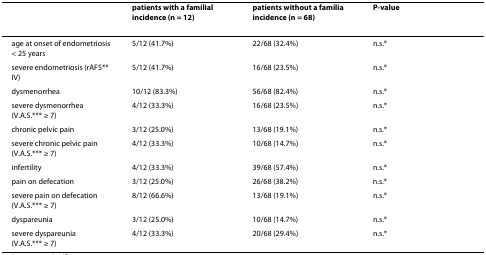
<table><thead><tr><td></td><td><b>patients with a familial incidence (n = 12)</b></td><td><b>patients without a familia incidence (n = 68)</b></td><td><b>P-value</b></td></tr></thead><tbody><tr><td>age at onset of endometriosis &lt; 25 years</td><td>5/12 (41.7%)</td><td>22/68 (32.4%)</td><td>n.s.*</td></tr><tr><td>severe endometriosis (rAFS** IV)</td><td>5/12 (41.7%)</td><td>16/68 (23.5%)</td><td>n.s.*</td></tr><tr><td>dysmenorrhea</td><td>10/12 (83.3%)</td><td>56/68 (82.4%)</td><td>n.s.*</td></tr><tr><td>severe dysmenorrhea (V.A.S.*** ≥ 7)</td><td>4/12 (33.3%)</td><td>16/68 (23.5%)</td><td>n.s.*</td></tr><tr><td>chronic pelvic pain</td><td>3/12 (25.0%)</td><td>13/68 (19.1%)</td><td>n.s.*</td></tr><tr><td>severe chronic pelvic pain (V.A.S.*** ≥ 7)</td><td>4/12 (33.3%)</td><td>10/68 (14.7%)</td><td>n.s.*</td></tr><tr><td>infertility</td><td>4/12 (33.3%)</td><td>39/68 (57.4%)</td><td>n.s.*</td></tr><tr><td>pain on defecation</td><td>3/12 (25.0%)</td><td>26/68 (38.2%)</td><td>n.s.*</td></tr><tr><td>severe pain on defecation (V.A.S.*** ≥ 7)</td><td>8/12 (66.6%)</td><td>13/68 (19.1%)</td><td>n.s.*</td></tr><tr><td>dyspareunia</td><td>3/12 (25.0%)</td><td>10/68 (14.7%)</td><td>n.s.*</td></tr><tr><td>severe dyspareunia(V.A.S.*** ≥ 7)</td><td>4/12 (33.3%)</td><td>20/68 (29.4%)</td><td>n.s.*</td></tr></tbody></table>